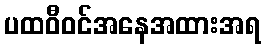
ပထဝီဝင်အနေအထားအရ